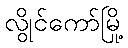
လွိုင်ကော်မြို့